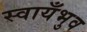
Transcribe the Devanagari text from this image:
स्वायँभुव